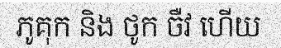
ភូគុក និង ថូក ចឺវ ហើយ